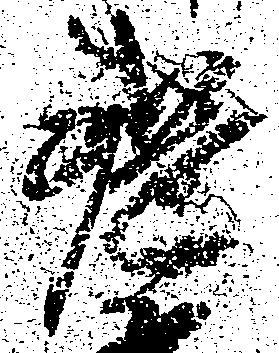
鑓